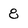
Character: 8